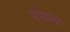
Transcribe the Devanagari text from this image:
एन्हाना